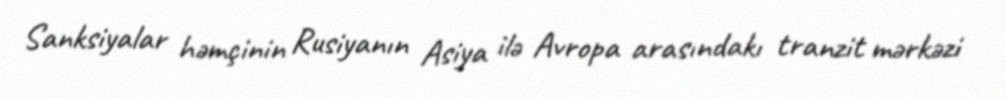
Sanksiyalar həmçinin Rusiyanın Asiya ilə Avropa arasındakı tranzit mərkəzi